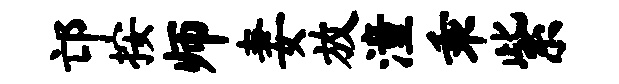
邙按师妻放潼乖紫